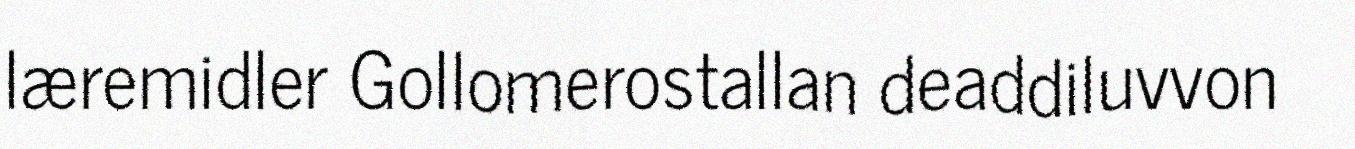
læremidler Gollomerostallan deaddiluvvon